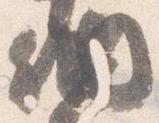
納